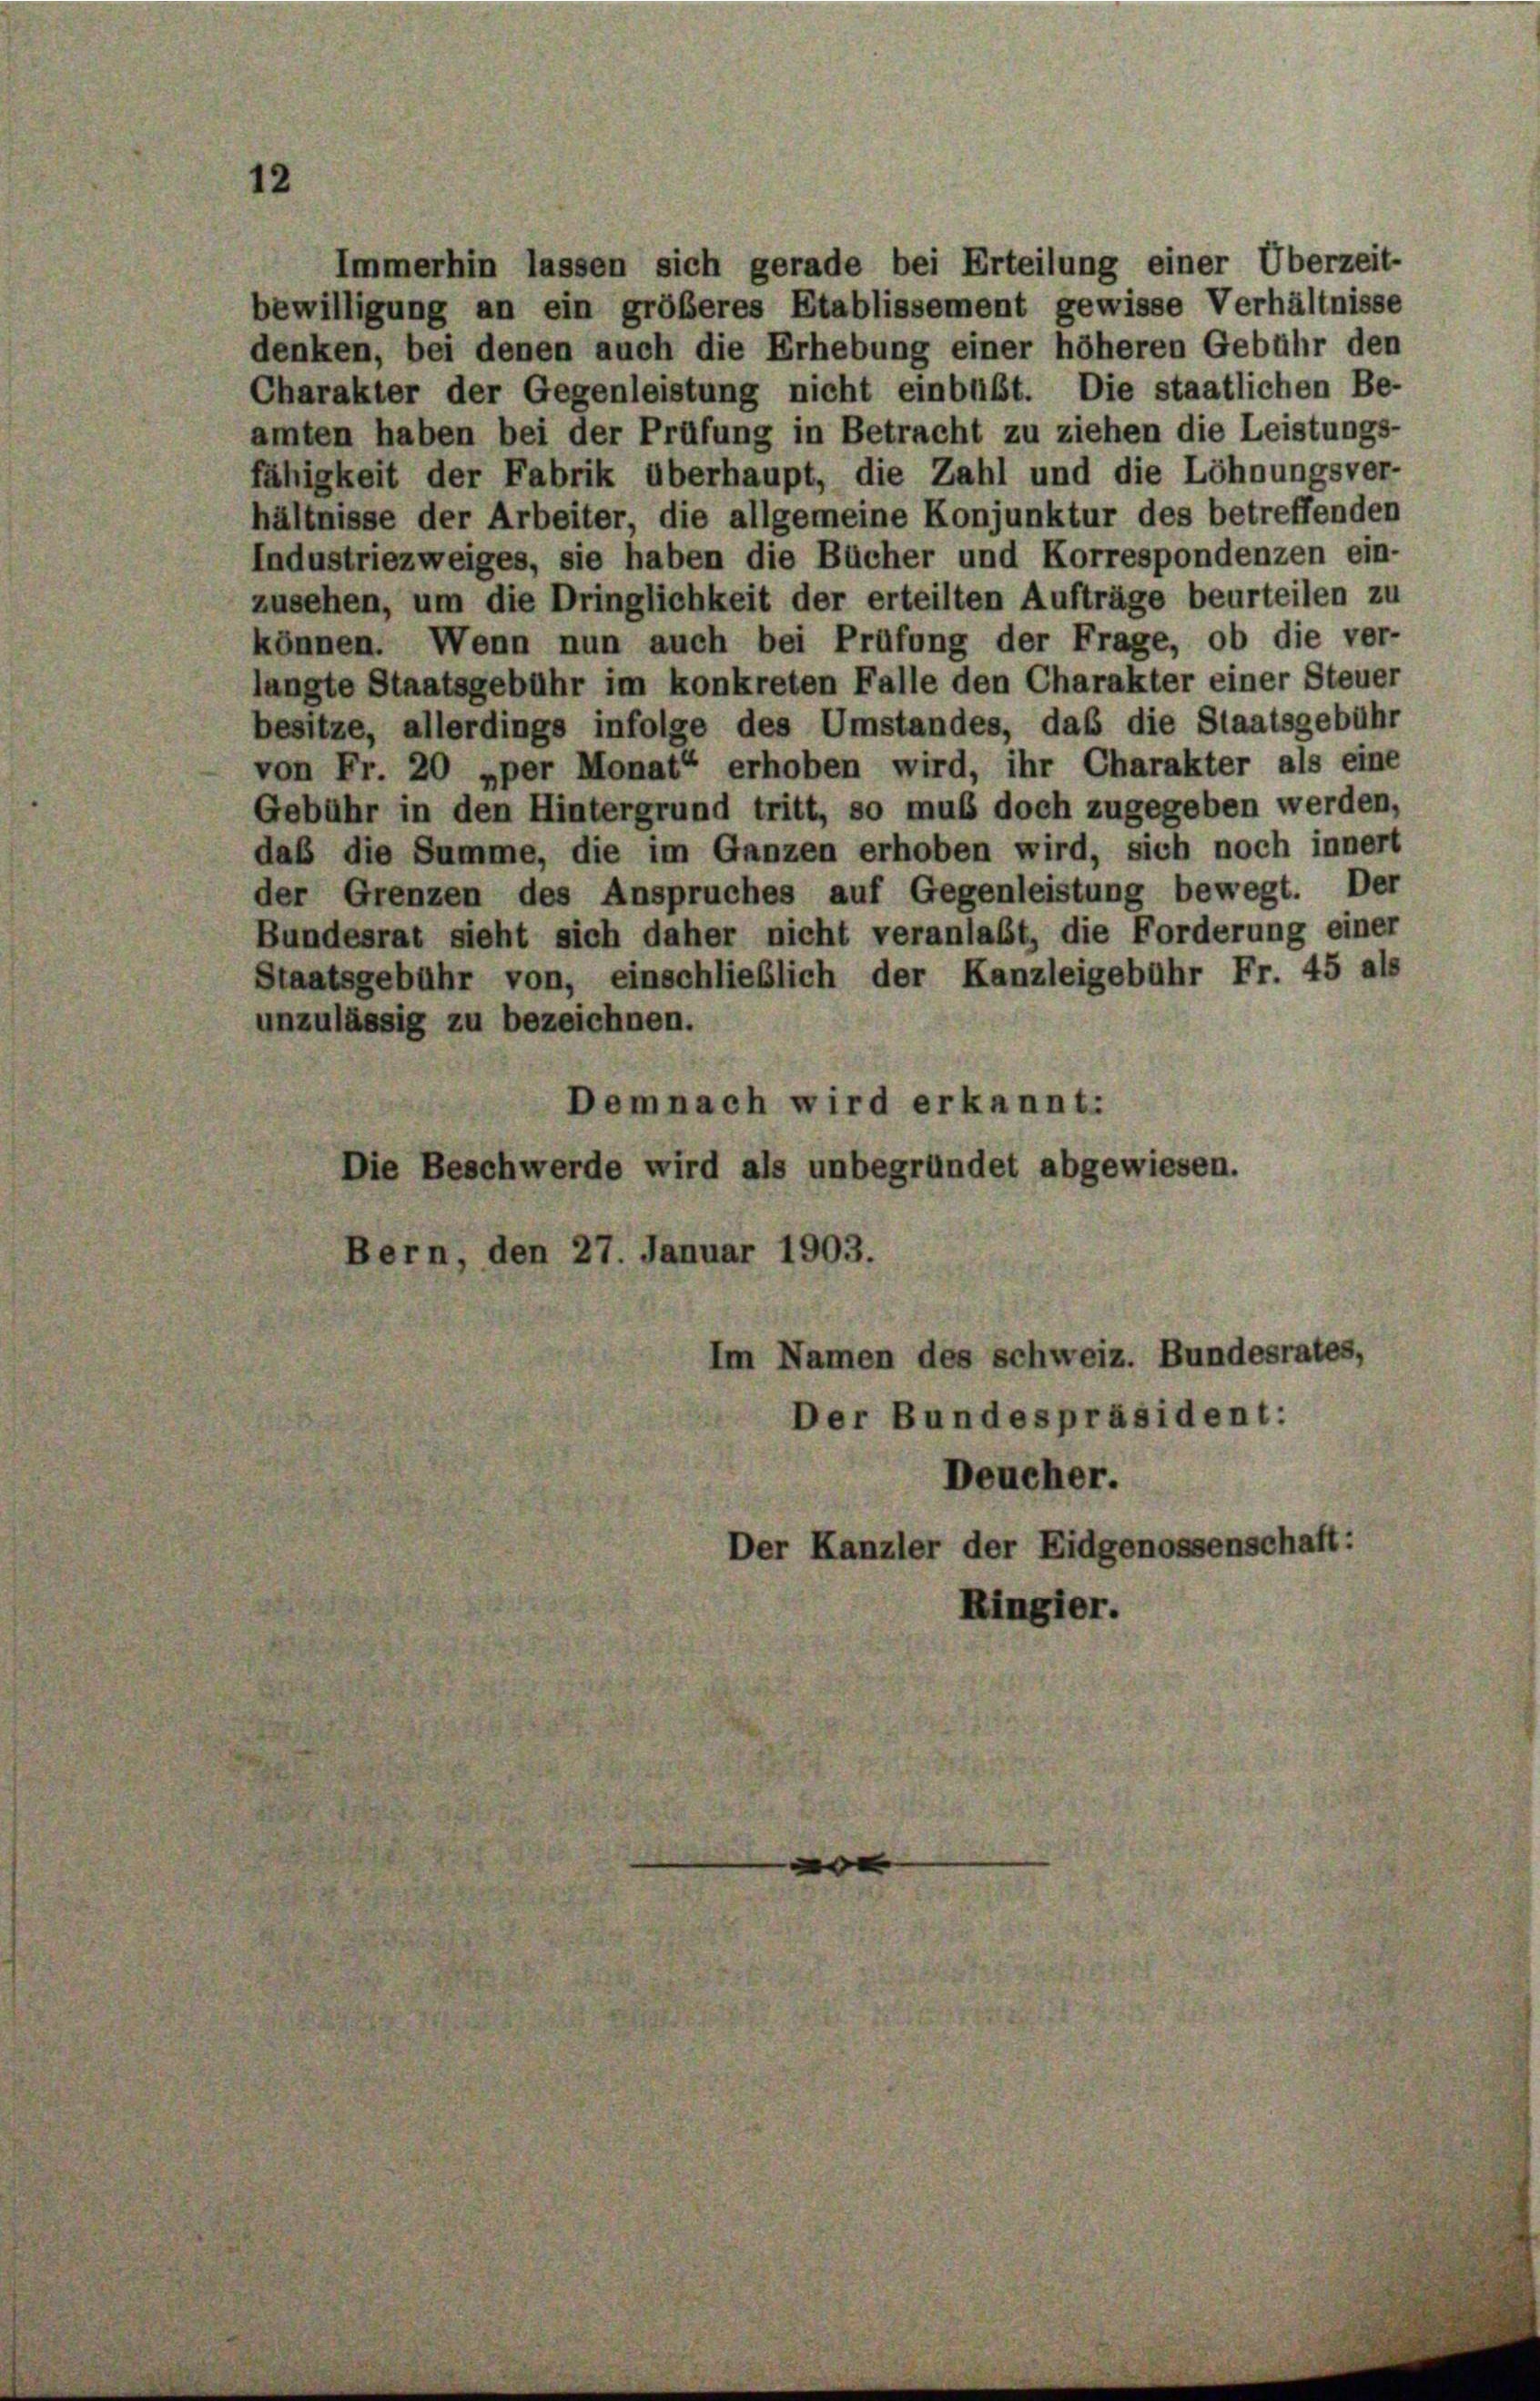
Immerhin lassen sich gerade bei Erteilung einer Überzeit-
bewilligung an ein größeres Etablissement gewisse Verhältnisse
denken, bei denen auch die Erhebung einer höheren Gebühr den
Charakter der Gegenleistung nicht einbüßt. Die staatlichen Be-
amten haben bei der Prüfung in Betracht zu ziehen die Leistungs-
fähigkeit der Fabrik überhaupt, die Zahl und die Löhnungsver-
hältnisse der Arbeiter, die allgemeine Konjunktur des betreffenden
Industriezweiges, sie haben die Bücher und Korrespondenzen ein-
zusehen, um die Dringlichkeit der erteilten Aufträge beurteilen zu
können. Wenn nun auch bei Prüfung der Frage, ob die ver-
langte Staatsgebühr im konkreten Falle den Charakter einer Steuer
besitze, allerdings infolge des Umstandes, daß die Staatsgebühr
von Fr. 20 »per Monat“ erhoben wird, ihr Charakter als eine
Gebühr in den Hintergrund tritt, so muß doch zugegeben werden,
daß die Summe, die im Ganzen erhoben wird, sich noch innert
der Grenzen des Anspruches auf Gegenleistung bewegt. Der
Bundesrat sieht sich daher nicht veranlaßt, die Forderung einer
Staatsgebühr von, einschließlich der Kanzleigebühr Fr. 45 als
unzulässig zu bezeichnen.
Demnach wird erkannt:
Die Beschwerde wird als unbegründet abgewiesen.
Bern, den 27. Januar 1903.
Im Namen des Schweiz. Bundesrates,
Der Bundespräsident:
Deucher.
Der Kanzler der Eidgenossenschaft:
Ringier.